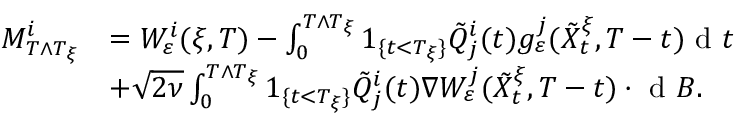
\begin{array} { r l } { M _ { T \wedge T _ { \xi } } ^ { i } } & { = W _ { \varepsilon } ^ { i } ( \xi , T ) - \int _ { 0 } ^ { T \wedge T _ { \xi } } 1 _ { \{ t < T _ { \xi } \} } \tilde { Q } _ { j } ^ { i } ( t ) g _ { \varepsilon } ^ { j } ( \tilde { X } _ { t } ^ { \xi } , T - t ) \textrm { d } t } \\ & { + \sqrt { 2 \nu } \int _ { 0 } ^ { T \wedge T _ { \xi } } 1 _ { \{ t < T _ { \xi } \} } \tilde { Q } _ { j } ^ { i } ( t ) \nabla W _ { \varepsilon } ^ { j } ( \tilde { X } _ { t } ^ { \xi } , T - t ) \cdot \textrm { d } B . } \end{array}